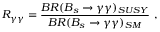
R _ { \gamma \gamma } = \frac { B R ( B _ { s } \to \gamma \gamma ) _ { S U S Y } } { B R ( B _ { s } \to \gamma \gamma ) _ { S M } } \ ,